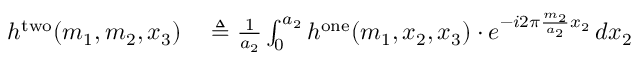
\begin{array} { r l } { h ^ { \mathrm { t w o } } ( m _ { 1 } , m _ { 2 } , x _ { 3 } ) } & { { } \triangleq { \frac { 1 } { a _ { 2 } } } \int _ { 0 } ^ { a _ { 2 } } h ^ { \mathrm { o n e } } ( m _ { 1 } , x _ { 2 } , x _ { 3 } ) \cdot e ^ { - i 2 \pi { \frac { m _ { 2 } } { a _ { 2 } } } x _ { 2 } } \, d x _ { 2 } } \end{array}